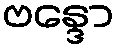
ဗန္ဒော